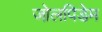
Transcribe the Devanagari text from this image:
जोलपिडेम